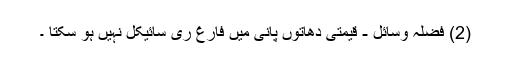
(2) فضلہ وسائل - قیمتی دھاتوں پانی میں فارغ ری سائیکل نہیں ہو سکتا ۔